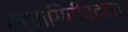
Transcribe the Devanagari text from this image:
कामगिरीबददल